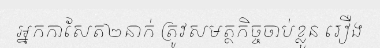
អ្នកកាសែត២នាក់ ត្រូវសមត្ថកិច្ចចាប់ខ្លួន រឿង